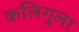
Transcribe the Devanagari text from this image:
कलिगुला